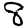
Digit: 8